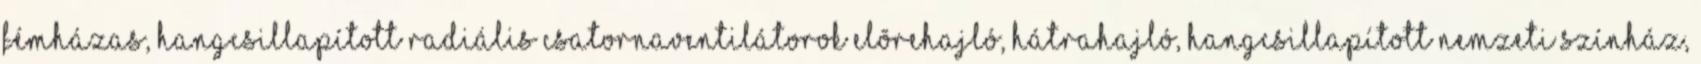
fémházas, hangcsillapított Radiális csatornaventilátorok elõrehajló, hátrahajló, hangcsillapított Nemzeti Színház,